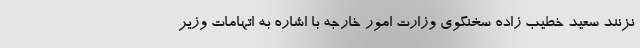
نزنند سعید خطیب زاده سخنگوی وزارت امور خارجه با اشاره به اتهامات وزیر